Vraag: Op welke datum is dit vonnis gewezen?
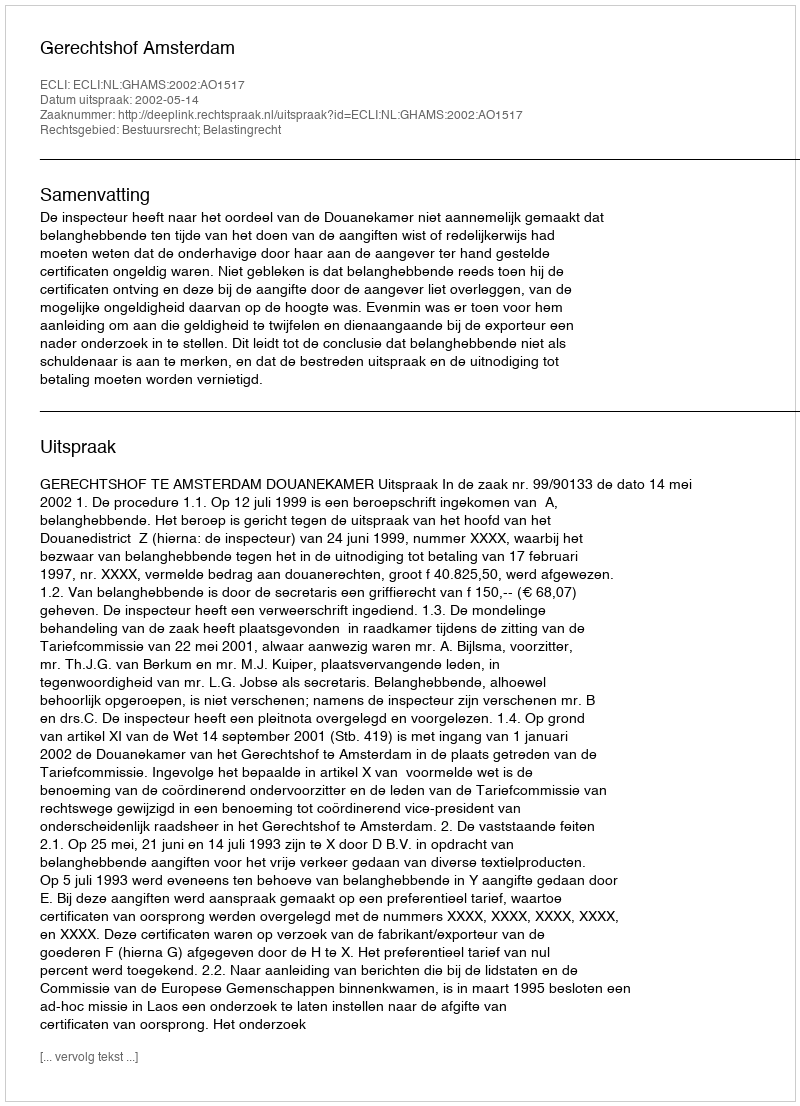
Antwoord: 2002-05-14